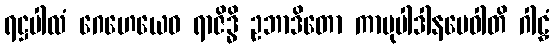
ရဋ္ဌပါလံ ဂေဟေယေဝ ရာဇိဒ္ဓိ ဥဘာဒိတော ကာမုပါဒါနမေဝါတိ ဂါဠှံ